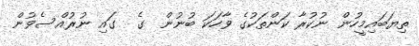
ތިޔަބައިމީހުން ނުކުރާ ކަންތަކުގެ ވާހަކަ ބުނުން  ގެ  ގައި ނުރުއްސެވުން